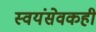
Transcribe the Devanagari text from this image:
स्वयंसेवकही